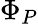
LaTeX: \Phi_{P}